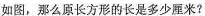
如图，那么原长方形的长是多少厘米?